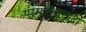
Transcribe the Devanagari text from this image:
परमतत्त्ववादी